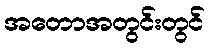
အတောအတွင်းတွင်